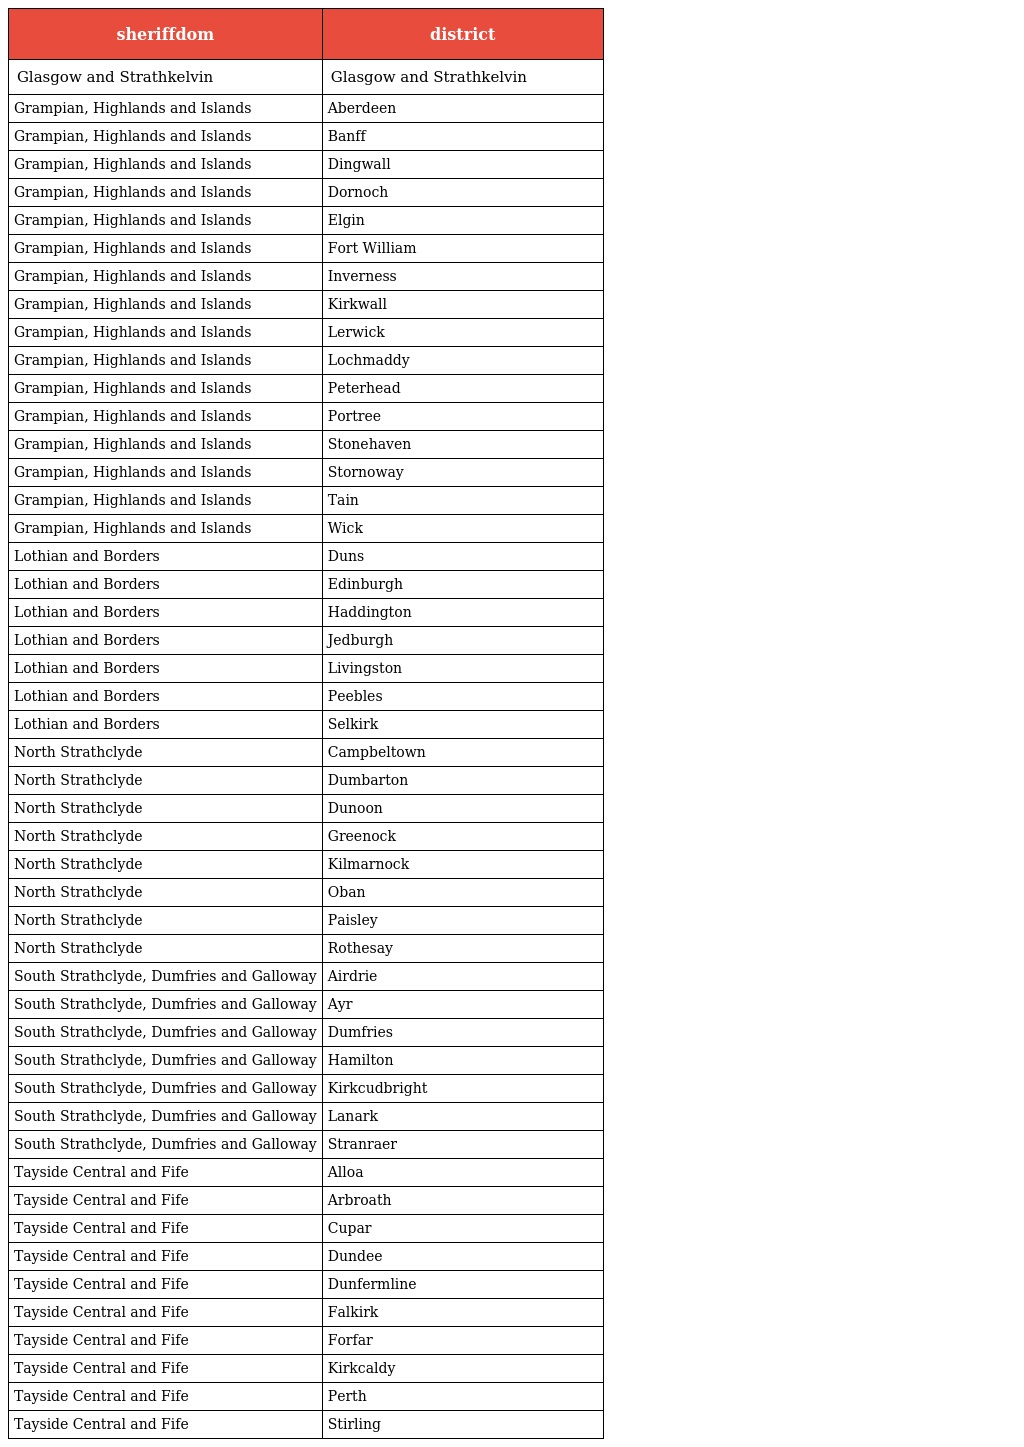
| sheriffdom | district |
 | --- | --- |
 | Glasgow and Strathkelvin | Glasgow and Strathkelvin |
 | Grampian, Highlands and Islands | Aberdeen |
 | Grampian, Highlands and Islands | Banff |
 | Grampian, Highlands and Islands | Dingwall |
 | Grampian, Highlands and Islands | Dornoch |
 | Grampian, Highlands and Islands | Elgin |
 | Grampian, Highlands and Islands | Fort William |
 | Grampian, Highlands and Islands | Inverness |
 | Grampian, Highlands and Islands | Kirkwall |
 | Grampian, Highlands and Islands | Lerwick |
 | Grampian, Highlands and Islands | Lochmaddy |
 | Grampian, Highlands and Islands | Peterhead |
 | Grampian, Highlands and Islands | Portree |
 | Grampian, Highlands and Islands | Stonehaven |
 | Grampian, Highlands and Islands | Stornoway |
 | Grampian, Highlands and Islands | Tain |
 | Grampian, Highlands and Islands | Wick |
 | Lothian and Borders | Duns |
 | Lothian and Borders | Edinburgh |
 | Lothian and Borders | Haddington |
 | Lothian and Borders | Jedburgh |
 | Lothian and Borders | Livingston |
 | Lothian and Borders | Peebles |
 | Lothian and Borders | Selkirk |
 | North Strathclyde | Campbeltown |
 | North Strathclyde | Dumbarton |
 | North Strathclyde | Dunoon |
 | North Strathclyde | Greenock |
 | North Strathclyde | Kilmarnock |
 | North Strathclyde | Oban |
 | North Strathclyde | Paisley |
 | North Strathclyde | Rothesay |
 | South Strathclyde, Dumfries and Galloway | Airdrie |
 | South Strathclyde, Dumfries and Galloway | Ayr |
 | South Strathclyde, Dumfries and Galloway | Dumfries |
 | South Strathclyde, Dumfries and Galloway | Hamilton |
 | South Strathclyde, Dumfries and Galloway | Kirkcudbright |
 | South Strathclyde, Dumfries and Galloway | Lanark |
 | South Strathclyde, Dumfries and Galloway | Stranraer |
 | Tayside Central and Fife | Alloa |
 | Tayside Central and Fife | Arbroath |
 | Tayside Central and Fife | Cupar |
 | Tayside Central and Fife | Dundee |
 | Tayside Central and Fife | Dunfermline |
 | Tayside Central and Fife | Falkirk |
 | Tayside Central and Fife | Forfar |
 | Tayside Central and Fife | Kirkcaldy |
 | Tayside Central and Fife | Perth |
 | Tayside Central and Fife | Stirling |